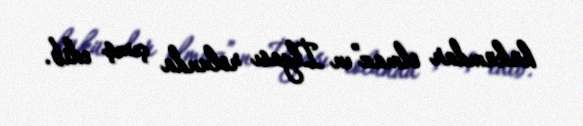
hükümdar olmaz”ın İlyası rolunda çıxış edib.